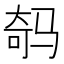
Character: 𲌇